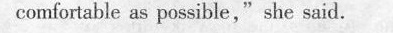
comfortable as possible,"she said.